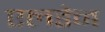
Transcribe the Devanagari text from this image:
एलडेन